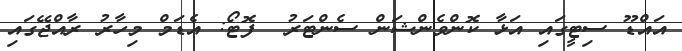
އައްޑޫ ސިޓީގައި އަޅާ ކޮންވެންޝަން ސެންޓަރު  ފޮޓޯ: އެޑަމް މިހާރު ރާއްޖޭގައި